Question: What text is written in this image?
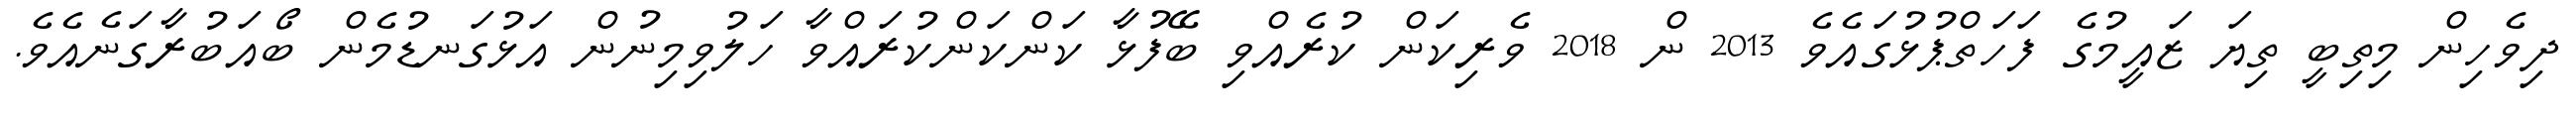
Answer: ދިވެހިން މިތިބީ ތިޔަ ޒައީމުގެ ފަހަތްޕުޅުގައެވެ 2013 ން 2018 ވެރިކަން ކުރެއްވި ބޭފުޅާ ކަންކަންކުރައްވާ ހަލުވިމިނުން އަޅުގަނޑުމެން ބޯއަބުރާގަނެއެވެ.